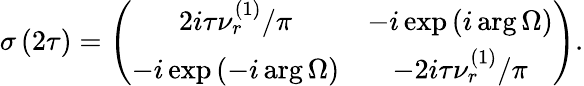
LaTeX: \sigma\left(2\tau\right)=\left(\begin{array}{cc}{2i\tau\nu_{r}^{\left(1\right)}/\pi}&{-i\exp\left(i\arg\Omega\right)}\\ {-i\exp\left(-i\arg\Omega\right)}&{-2i\tau\nu_{r}^{\left(1\right)}/\pi}\end{array}\right).